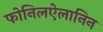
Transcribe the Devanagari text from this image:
फोनिलऐलानिन